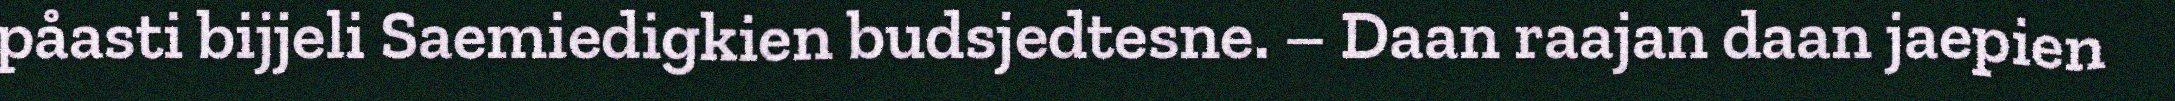
påasti bijjeli Saemiedigkien budsjedtesne. – Daan raajan daan jaepien